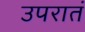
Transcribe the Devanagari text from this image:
उपरातं